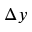
\Delta y